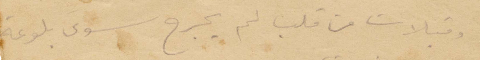
وقبلات من قلب لم يجرح سوى بلوغه